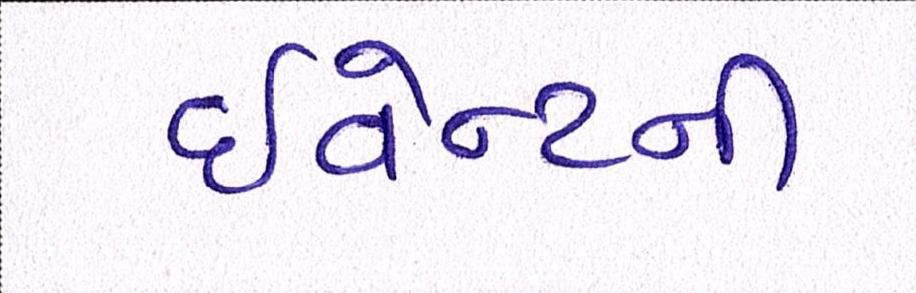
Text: ઇવેન્ટની